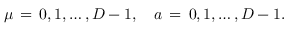
\mu \, = \, 0 , 1 , \ldots , D - 1 , \quad a \, = \, 0 , 1 , \ldots , D - 1 .